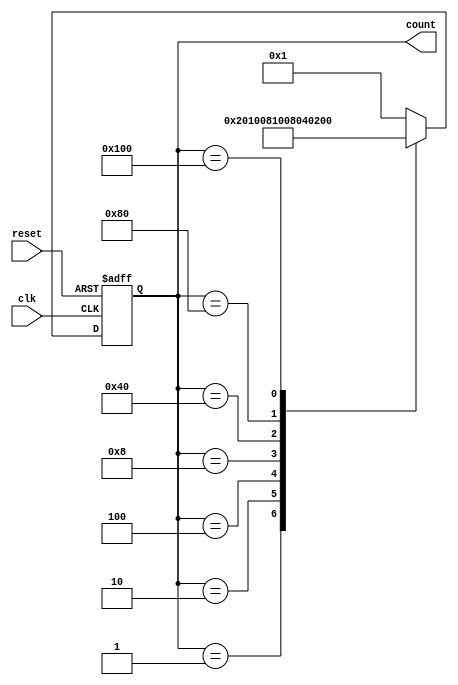
module decade_ring_counter (
    input wire clk,          // Clock input
    input wire reset,        // Asynchronous reset input
    output reg [9:0] count   // 10-bit output representing counts from 0 to 9
);

// Initial state
initial begin
    count = 10'b0000000001; // Initialize to 0000 0001
end

// Always block to handle counting
always @(posedge clk or posedge reset) begin
    if (reset) begin
        count <= 10'b0000000001; // Reset to 0000 0001
    end else begin
        case (count)
            10'b0000000001: count <= 10'b0000000010; // 1 -> 2
            10'b0000000010: count <= 10'b0000000100; // 2 -> 3
            10'b0000000100: count <= 10'b0000001000; // 3 -> 4
            10'b0000001000: count <= 10'b0001000000; // 4 -> 5
            10'b0001000000: count <= 10'b0010000000; // 5 -> 6
            10'b0010000000: count <= 10'b0100000000; // 6 -> 7
            10'b0100000000: count <= 10'b1000000000; // 7 -> 8
            10'b1000000000: count <= 10'b0000000001; // 8 -> 9 (wrap around)
            default: count <= 10'b0000000001;         // Default case (safety)
        endcase
    end
end

endmodule